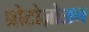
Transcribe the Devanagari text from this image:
प्रोटोज़ोअन